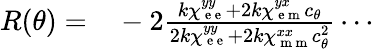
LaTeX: \begin{array}{rl}{R(\theta)=}&{{}-2\frac{k\chi_{\mathrm{~e~e~}}^{yy}+2k\chi_{\mathrm{~e~m~}}^{yx}c_{\theta}}{2k\chi_{\mathrm{~e~e~}}^{yy}+2k\chi_{\mathrm{~m~m~}}^{xx}c_{\theta}^{2}}\cdots}\end{array}